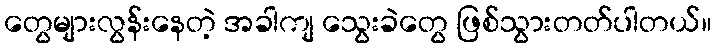
တွေများလွန်းနေတဲ့ အခါကျ သွေးခဲတွေ ဖြစ်သွားတတ်ပါတယ်။